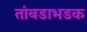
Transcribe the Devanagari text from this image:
तांबडाभडक